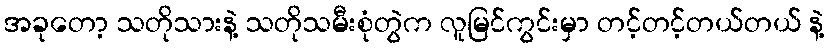
အခုတော့ သတိုသားနဲ့ သတိုသမီးစုံတွဲက လူမြင်ကွင်းမှာ တင့်တင့်တယ်တယ် နဲ့